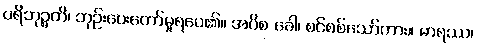
ပရိဘုဉ္ဇတိ၊ ဘုဉ်းပေးတော်မူရပေ၏။ အပိစ ခေါ၊ စင်စစ်သော်ကား။ မာရဿ၊